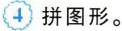
4 拼图形